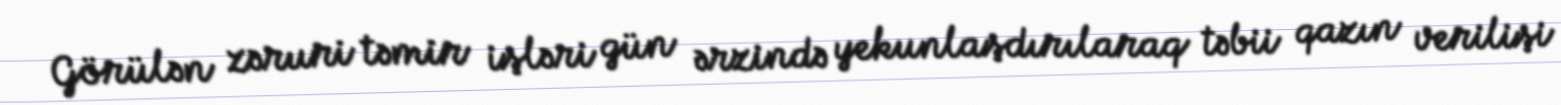
Görülən zəruri təmir işləri gün ərzində yekunlaşdırılaraq təbii qazın verilişi